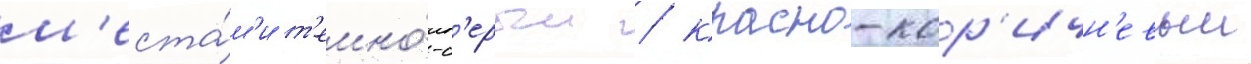
м'еста́м'и т'емно́-с'ерыи / красно-кор'ичн'евыи